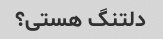
دلتنگ هستی؟